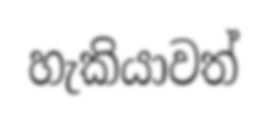
හැකියාවත්